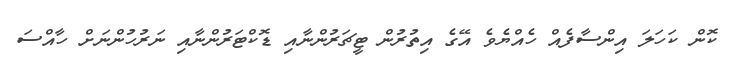
ކޮން ކަހަލަ އިންސާފެއް ހެއްޔެވެ އޭގެ އިތުރުން ޓީޗަރުންނާއި ޑޮކްޓަރުންނާއި ނަރުހުންނަށް ހާއްސަ